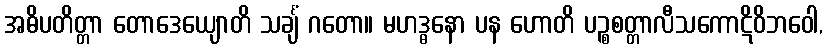
အဓိပတိတ္တာ တောဒေယျောတိ သင်္ချံ ဂတော။ မဟဒ္ဓနော ပန ဟောတိ ပဉ္စစတ္တာလီသကောဋိဝိဘဝေါ,